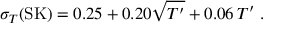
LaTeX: \sigma _ { T } ( \mathrm { S K } ) = 0 . 2 5 + 0 . 2 0 \sqrt { T ^ { \prime } } + 0 . 0 6 \, T ^ { \prime } \ .